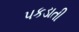
પકડાતી